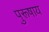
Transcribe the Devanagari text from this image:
पुरूषाय